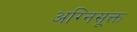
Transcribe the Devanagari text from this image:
अग्निसूक्त